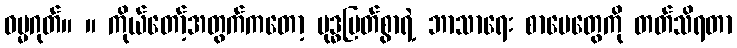
ဓမ္မဂုတ်။ ။ ကိုယ်တော့်အတွက်ကတော့ ဗုဒ္ဓမြတ်စွာရဲ့ ဘာသာရေး စာပေတွေကို တတ်သိရတာ